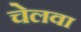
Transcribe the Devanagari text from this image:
चेलवा